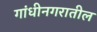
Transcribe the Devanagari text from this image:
गांधीनगरातील